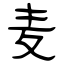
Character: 麦